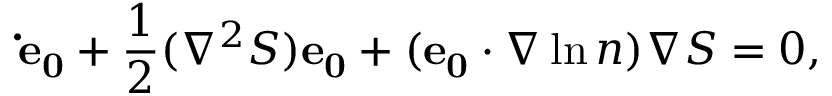
\mathbf { \dot { e } _ { 0 } } + \frac { 1 } { 2 } ( \nabla ^ { 2 } S ) \mathbf { e _ { 0 } } + ( \mathbf { e _ { 0 } } \cdot \nabla \ln n ) \nabla S = 0 ,